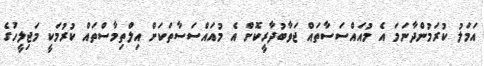
އަމަލު ކުރަމުންދާނަމަ އެ މުއައްސަސާތައް ޖަވާބުދާރީކޮށް އެ މުއައްސަސާތަކަށް އިލްތިމާސްތައް ކުރުމަކީ މަޖިލީހުގެ